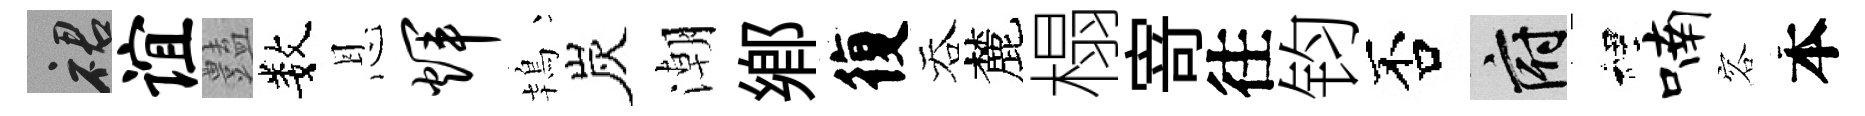
裙谊𧰟数恩辉鴇炭潮鄕復吞麓榻𭔃往钧否府裡喃容本